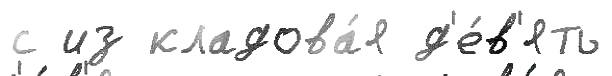
с из кладова́я д'е́в'ять